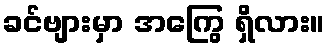
ခင်ဗျားမှာ အကြွေ ရှိလား။